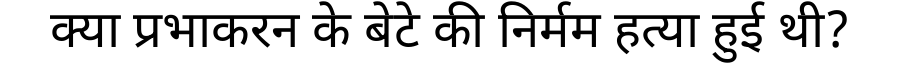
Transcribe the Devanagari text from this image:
क्या प्रभाकरन के बेटे की निर्मम हत्या हुई थी?